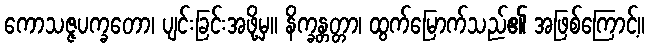
ကောသဇ္ဇပက္ခတော၊ ပျင်းခြင်းအဖို့မှ။ နိက္ခန္တတ္တာ၊ ထွက်မြောက်သည်၏ အဖြစ်ကြောင့်။